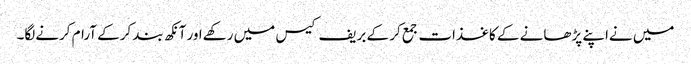
میں نےاپنے پڑھانے کے کاغذات جمع کر کے بریف کیس میں رکھےاور آنکھ بند کرکے آرام کرنےلگا۔